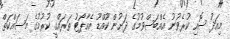
މިއަދު ސޮއި ކުރެވުނު އެއްބަސްވުމުގެ ދަށުން ކޫއްޑޫ އެއާޕޯޓު ތަރައްގީ ކުރުމުގެ މަސައްކަތް